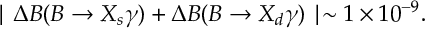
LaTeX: \mid \Delta { \cal B } ( B \to X _ { s } \gamma ) + \Delta { \cal B } ( B \to X _ { d } \gamma ) \mid \sim 1 \times 1 0 ^ { - 9 } .